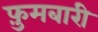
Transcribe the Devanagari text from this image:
फ़ुमबारी